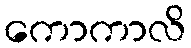
ကောကာလိ